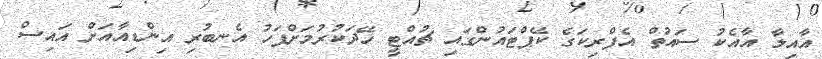
އާއިލާ އާއެކު ސައުތް އެފްރިކަގެ ކޭޕްޓައުންގައި ޗުއްޓީ ހޭދަކުރުމަށްފަހު އެނބުރި އިންޑިއާއަށް އައިސް